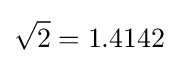
{\sqrt {2}}=1.4142